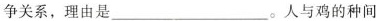
争关系，理由是___。人与鸡的种间